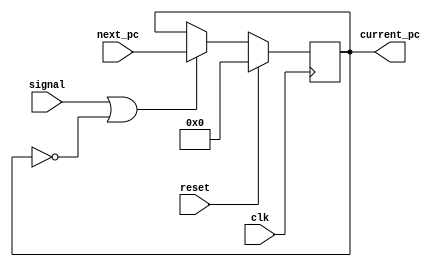
`timescale 1ns / 1ps
//////////////////////////////////////////////////////////////////////////////////
// Company: 
// Engineer: 
// 
// Design Name: 
// Module Name: PC
// Project Name: 
// Target Devices: 
// Tool Versions: 
// Description: 
// 
// Dependencies: 
// 
// Revision:
// Revision 0.01 - File Created
// Additional Comments:
// 
//////////////////////////////////////////////////////////////////////////////////


module PC(
    reset,       
    clk,        
    next_pc,
    signal,     
    current_pc,
  /* 
    isjumpinst,
    jumptarget,
    isbranchinst, 
    branchtarget
    */
    );
    input reset;       
    input clk;         
    input [31:0] next_pc;     
    input signal;
    output reg [31:0] current_pc;
    
    /*
    input isjumpinst;
    input [31:0] jumptarget;
    input isbranchinst; 
    input [31:0] branchtarget;
    */
    
    always @(posedge clk) begin
        if(reset)
            current_pc <= 0;
        else if(signal == 1 || current_pc == 0)
            current_pc <= next_pc;
    end
    
endmodule